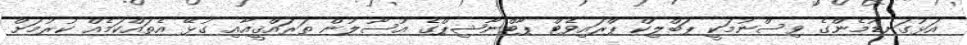
އަޅުގަނޑުމެންގެ ވިސްނުމަކީ ޕަބްލިކް ޕްރައިވެޓް ޕާޓްނާޝިޕްގެ އުސޫލުން ތަރައްޤީއާއި ގުޅޭ އެތައްކަމެއް ކުރުމަށް